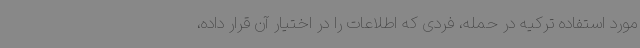
مورد استفاده ترکیه در حمله، فردی که اطلاعات را در اختیار آن قرار داده،